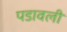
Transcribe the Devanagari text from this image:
पडावली